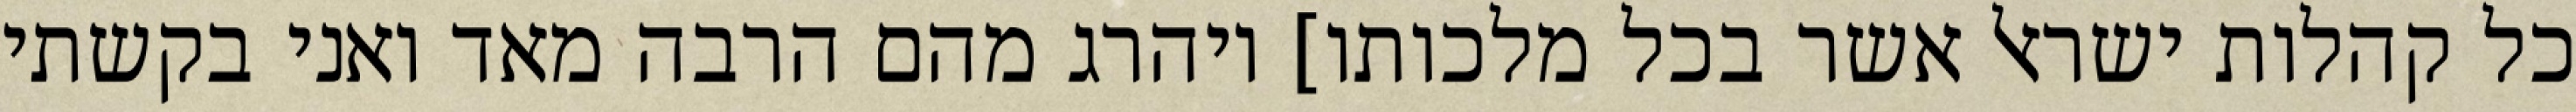
כל קהלות ישראל אשר בכל מלכותו] ויהרג מהם הרבה מאד ואני בקשתי